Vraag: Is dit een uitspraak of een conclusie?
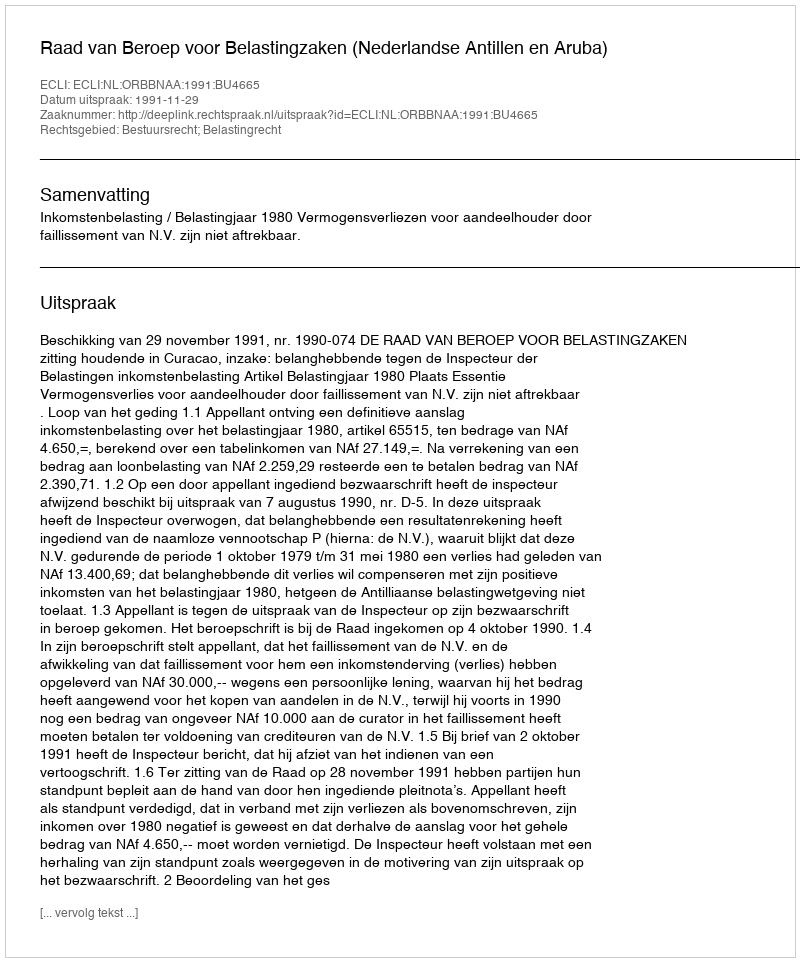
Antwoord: Uitspraak